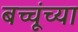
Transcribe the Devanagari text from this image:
बच्चूंच्या